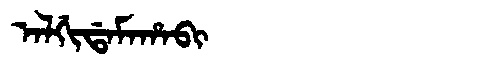
Manchu: ᠠᠯᡤᡳᡩᠠᠮᠠᡥᠠᠪᡳ
Romanization: ALGIDAMAHABI